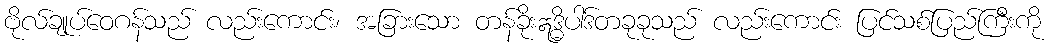
ဗိုလ်ချုပ်ဝေဂန်သည် လည်းကောင်း၊ အခြားသော တန်ခိုးဣဒ္ဓိပါဒ်တခုခုသည် လည်းကောင်း ပြင်သစ်ပြည်ကြီးကို